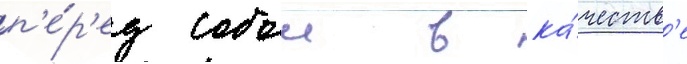
п'е́р'ед собои в ка́честв'е